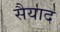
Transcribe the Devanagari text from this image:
सैयाद